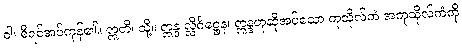
ဝါ၊ စီရင်အပ်ကုန်၏။ ဣတိ၊ သို့။ ဣန္ဒ လ္လိင်္ဂဋ္ဌေန၊ ဣန္ဒဟုဆိုအပ်သော ကုသိုလ်ကံ အကုသိုလ်ကံကို